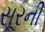
સૂરની